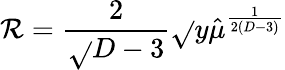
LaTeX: \mathcal{R}={\frac{{2}}{{\sqrt{}{{D-3}}}}}\sqrt{}{y}\hat{{\mu}}^{\frac{{1}}{{2(D-3)}}}